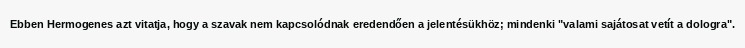
Ebben Hermogenes azt vitatja, hogy a szavak nem kapcsolódnak eredendően a jelentésükhöz; mindenki "valami sajátosat vetít a dologra".